Vital statistics of India. Vol. VI, European troops 1870-79
Year: 1870
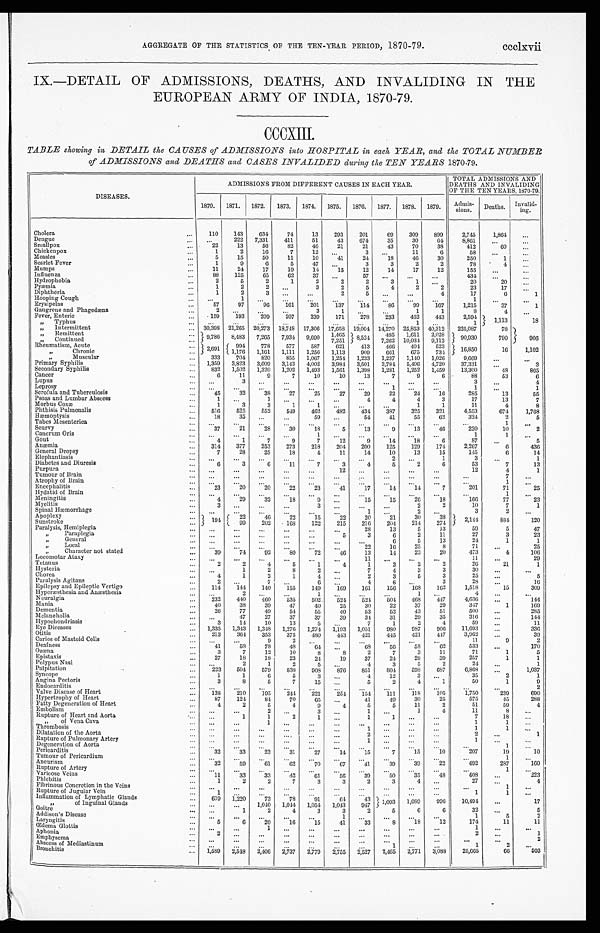
AGGREGATE OF THE STATISTICS OF THE TEN-YEAR PERIOD, 1870-79. ccclxvii
IX.—DETAIL OF ADMISSIONS, DEATHS, AND INVALIDING IN THE
EUROPEAN ARMY OF INDIA, 1870-79.
CCCXIII.
TABLE showing in DETAIL the CAUSES of ADMISSIONS into HOSPITAL in each YEAR, and the TOTAL NUMBER
of ADMISSIONS and DEATHS and CASES INVALIDED during the TEN YEARS 1870-79.
DISEASES.
ADMISSIONS FROM DIFFERENT CAUSES IN EACH YEAR.
TOTAL ADMISSIONS AND
DEATHS AND INVALIDING
OF THE TEN YEARS, 1870-79.
1870. 1871. 1872. 1873. 1874. 1875. 1876. 1877. 1878. 1879. Admi s-
sions.
D e a t h s .
Invalid-
i n g .
Cholera
...
110
143
634
74
13
293
201
69
309
899
2,745
1,864
...
Dengue
... ...
222 7,331
411
51
43
674
35
30
64
8,861
...
...
Smallpox
...
22
13
56
82
46
21
21
43
70
38
412
6 0
...
Chickenpox
. . .
1
2
16
7
12 ...
3
. . . 11
6
58
. . . ...
Measles
...
5
15
50
11
10
41
24
18
46
30
250
1
...
Scarlet Fever
...
1
9
6
5
47 ...
3
3
2
2
78
4
...
Mumps
...
11
24
17
19
14
15
12
14
17
12
155
...
...
Influenza
...
88
125
65
62
37 ...
57 ...
...
...
434 ...
...
Hydrophobia
...
2
5
2
1
2
2
2
3
1 ...
20
20
. . .
Pyæmia
...
1
2
2
. . .
3
2
5
4
2
2
23
17
...
Diphtheria
...
1
2
3
. . . ...
2
5 ...
...
4
17
6
1
Hooping Cough
... ...
1 . . .
...
...
...
...
. . .
. . . ...
1
...
...
Erysipelas
...
57
97
96
161
201
137
114
86
99
167
1,215
37
1
Gangrene and Phagedæna
...
2 ...
...
...
3
1 ...
...
1
1
8
4
. . .
Fever, Enteric
...
159
193
209
207
239
171
278
233
462 443
2,594
1,113
18
„ T y p h u s
... ...
...
. . .
...
...
. . . ...
1 ...
1
„ I n t e r m i t t e n t
... 30,398 21,265 20,273 18,748 17,306 17,658 19,004 14,270 25,853 40,312 225,087
78
906
„ Remittent
. . . 9,786 8,483 7,265 7,934 9,690 1,465 8,524
485 1,611 2,028
90,930
790
„ Continued
. . .
7,251
7,262 10,034 9,112
R h e u m a t i s m , A c u t e
. . . 2,691
994 778
577
587
621
413
466
404
523
16,850
16
1,102
„ C h r o n i c
...
1,176 1,161 1,111 1,256 1,113
909
661
675
734
„ Muscular
...
333
704 820
855 1,067 1,254 1,233 1,237 1,140 1,026
9,669
. . .
. . .
Primary Syphilis
... 1,359 3,823 3,609 3,143 4,002 3,984 3,501 3,784 5,406 4,720
37,331
...
3
Secondary Syphilis
...
832 1,502 1,320 1,202 1,493 1,561 1,398 1,281 1,252 1,459
13,300
48
865
Cancer
...
6
11
9
7
10
10
13
7
9
6
88
53
6
Lupus
. . .
. . .
3
. . . ...
...
...
...
...
...
...
3
...
4
Leprosy
... ...
...
...
...
. . . ...
. . .
1
. . .
. . .
1
...
1
Scrofula and Tuberculosis
...
45
32
38
27
25
27
29
22
24
16
285
13
55
Psoas and Lumbar Abscess
...
1
. . .
1
. . .
. . . ...
4
4
4
3
17
13
7
Morbus Coxæ
...
1
3
3
1
1
.
..
...
...
1
1
11
4
8
Phthisis Pulmonalis
... 516
525
552
549
462
482 434 387 325
321
4,553
674
1,768
Hæmopt ysi s
...
18
35 ...
...
59 ...
54
41
55
62
324
2
5
Tabes Mesenterica
. . .
. . . ...
. . . ...
...
...
...
. . .
...
. . .
...
1 ...
Scurvy
...
37
21
28
30
18
5
13
9
13
46
220
10
2
Cancrum Oris
... ...
...
...
...
1
. . . ...
...
...
...
1
1
...
Gout
... ...
4
1
7
9
7
12
9
14
18
6
87
...
5
Anæmia
. . . 314 377
253
273
218
204 200
125
129
174
2,267
6
436
General Dropsy
...
7
28
25
18
4
11
14
10
13
15
145
6
14
Elephantiasis
... ...
...
...
...
...
...
...
2
. . .
1
3
...
1
Diabetes and Diuresis
. . .
6
3
6
11
7
3
4
5
2
6
53
7
13
Purpura
... ...
...
...
. . . ...
12 ...
. . . ...
...
12
4
1
Tumour of Brain
... ...
...
...
. . . ...
...
...
...
...
. . .
. . .
7
. . .
Atrophy of Brain
. . . . . .
...
. . . ...
...
...
...
...
...
. . .
...
1
. . .
Encephalitis
. . . 23
20
20
22
23
41
17
14
14
7
201
71
25
Hydatid of Brain
... ...
...
...
. . . ...
...
...
...
. . .
. . .
. . .
1
. . .
Meningitis
...
4
29
32
18
9 ...
15
15
26
18
166
77
23
Myelitis
...
3
. . . ...
...
3 ...
. . .
...
2
2
10
7
1
Spinal Hæmorrhage
... ...
...
...
...
...
. . .
1
. . .
2
. . .
3
2
. . .
Apoplexy
...
1 9 4
22
46
22
15
22
20
21
30
38
2,14 4
884
120
Sunstroke
. . .
99
202
168
122
215
216
204 214
274
Paralysis, Hemiplegia
. . .
. . . ...
. . . ...
...
...
28
13
5
13
59
5
47
„ P a r a p l e g i a
... ...
...
. . . ...
...
5
3
6
2
11
27
3
23
„ General
... ...
...
...
...
...
...
...
6
5
13
24
1
1
„ Local
... ...
...
...
...
. . . ...
22
16
25
8
71
. . .
25
„ C h a r a c t e r n o t s t a t e d
...
39
74
92
80
72
46
13
14
23
20
473
4
106
Locomotar Ataxy
... ...
...
...
. . . ...
...
11
. . .
...
...
11
...
29
Tetanus
...
2
2
4
5
1
4
1
3
2
2
26
21
1
Hysteria
... ...
1
2
8
2 ...
7
4
3
3
30
. . .
. . .
Chorea
...
4
1
2
1
4 ...
2
3
5
3
25
. . .
5
Paralysis Agitans
. . .
2
. . .
7
. . .
6 ..
.
4
6 ...
3
28
. . .
16
Epilepsy and Epileptic Vertigo
. . . 114
114
140
155
149
169
161
156
168
162
1,518
15
309
Hyperæsthesia and Anæsthesia
... ...
2 ...
...
1 ...
...
...
1 ...
4
. . . ...
Neuralgia
...
232
440 460
535
502
524 524 504 468
447
4,636
...
144
Mania
. . . 40
38
39
47
40
25
30
22
37
29
347
1
169
Dementia
...
26
77
49
54
55
40
53
52
43
51
500
...
285
Melancholia
... ...
47
27
37
37
39
34
31
29
35
316
...
144
Hypochondriasis
. . .
3
14
10
13
5
. . .
7
1
2
4
59
...
11
Eye Diseases
... 1,335 1,343 1,348 1,276 1,274 1,193 1,051
980
987
906
11,693
. . .
336
Otitis
...
213
364
353
375
480
4 4 3 421
445
421
447
3,962
. . .
39
Caries of Mastoid Cells
. . . ...
...
9
2 ...
...
...
. . .
...
...
11
9
2
Deafness
...
41
58
78
48
6 4 ...
68
56
58
62
533
...
170
Ozœna
. . .
3
7
12
10
8
8
2
7
3
11
71
1
5
Epistaxis
...
2 7
18
18
23
24
19
37
24
28
39
257
1
1
Polypus Nasi
... ...
2
1
2
5 ...
4
3
5
2
24
...
1
Palpitation
. . . 223 504
579
838
908
876
851
804 598
687
6,868
. . .
1,037
Syncope
...
1
1
6
5
3 ...
4
12
3
. . .
35
2
1
Angina Pectoris
...
3
8
5
7
15 ...
5
2
4
1
50
1
9
Endocarditis
... ...
...
...
...
...
...
. . .
. . . . . .
. . .
...
...
2
Valve Disease of Heart
...
138 210
195
244 221
254 154
111
118
105
1,750
239
690
Hypertrophy of Heart
. . .
87
124
84
70
65 ...
41
49
30
25
575
45
288
Fatty Degeneration of Heart
...
4
2
5
4
9
4
5
5
11
2
51
59
4
Embolism
... ...
...
2 ...
3 ...
1 ...
1
4
11
8
...
Rupture of Heart and Aorta
. . . ...
1
1
2
1 ...
1
1 ...
. . .
7
18
...
„ of Vena Cava
... ...
...
1 ...
...
...
...
...
...
...
1
1
...
Thrombosis
... ...
...
...
. . .
. . . ...
1 ...
. . .
. . .
1
1
. . .
Dilatation of the Aorta
... ...
. . .
. . . ...
. . .
. . .
2 . . .
. . .
. . .
2
...
1
Rupture of Pulmonary Artery
... ...
. . .
. . .
. . . ...
. . .
1 ...
. . .
. . .
1
. . .
...
Degeneration of Aorta
... . . .
. . .
. . .
. . .
. . .
. . .
. . . ...
. . .
. . .
...
1
. . .
Pericarditis
...
32
33
23
31
27
14
15
7
15
10
207
19
10
Tumour of Pericardium
... ...
...
. . .
. . .
. . .
. . .
. . . ...
. . .
. . .
. . .
1 ...
Aneurism
...
32
59
61 62
70
67
41
39
39
22
492
287
160
Rupture of Artery
... ...
. . .
. . .
. . .
. . . ...
. . .
. . .
. . .
. . .
. . .
1 ...
Varicose Veins
. . .
11
33
33
42 61
56
39
50
35
48
408
...
223
Phlebitis
...
1
2
2
7
3
3
2
3
4
. . .
2 7
. . .
4
Fibrinous Concretion in the Veins
... ...
...
. . .
. . .
. . .
. . . . . .
. . .
. . .
. . .
. . .
1
...
Rupture of Jugular Vein
. . .
1 ...
. . .
. . .
. . . ...
. . . ...
...
...
1
1
. . .
Inflammation of Lymphatic Glands
... 619 1,220
73
78
91
64
43 1,093 1,089 996
10,494
. . .
17
„ of Iuguival Glands
... ...
...
1,040 1,044 1,054 1,043
947
Goitre
... ...
1
2
4
3
3
2
5
6
6
32
...
5
Addison's Disease
... ...
. . .
. . . ...
. . .
1
. . . ...
...
. . .
1
5
2
Laryngitis
. . .
5
6
20
16
15
41
33
8
18
12
174
11
1 1
Œdema Gl ot t i s
. . . . . .
. . .
1
. . . ...
...
...
...
. . .
...
1
...
...
Aphonia
...
2
. . .
...
...
...
...
. . . ...
. . .
...
2
...
1
Emphysema
. . . . . .
. . .
...
...
. . . ...
. . .
...
. . .
. . .
...
...
2
Abscess of Mediastinum
... ...
. . . ...
. . . ...
...
. . .
1
. . .
. . .
1
2
...
Bronchitis
... 1,589 2,548 2,406 2,737 2,779 2,755 2,527 2,465 2,771 3,088
25,665
66
503